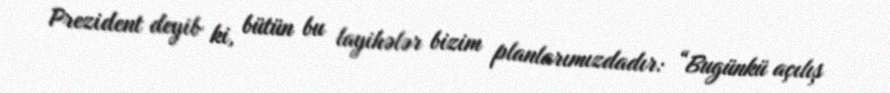
Prezident deyib ki, bütün bu layihələr bizim planlarımızdadır: “Bugünkü açılış